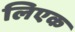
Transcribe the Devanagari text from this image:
लिएक